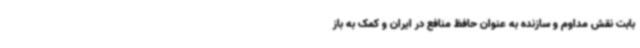
بابت نقش مداوم و سازنده به عنوان حافظ منافع در ایران و کمک به باز